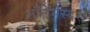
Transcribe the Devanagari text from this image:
ऑरोमस्दस